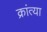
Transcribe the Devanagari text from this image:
क्रांत्या